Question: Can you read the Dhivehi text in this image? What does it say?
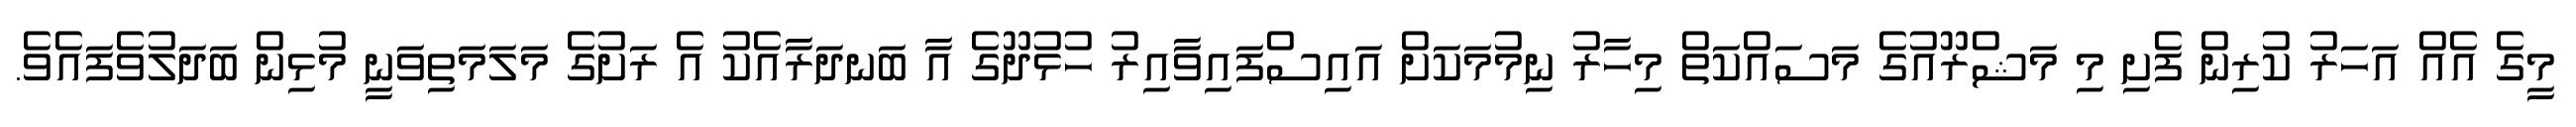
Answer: މީގެ އެއް އަހަރު ކުރިން ފެށި މި މަޝްރޫއުގެ މަސައްކަތް މިހާރު ނިމުމަކަށް އައިސްފައިވާއިރު ހުޅުދޫގެ އާ ބަނދަރާއެކު އެ ރަށުގެ މަލަމަތިވަނީ މުޅިން ބަދަލުވެފައެވެ.